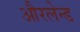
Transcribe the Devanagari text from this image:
औरलेन्ड